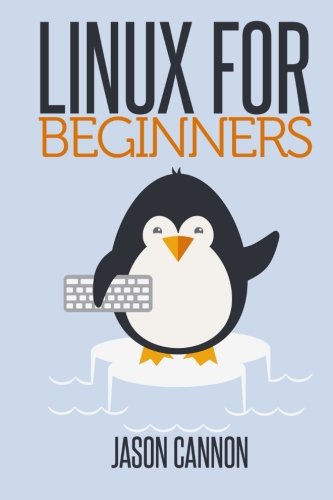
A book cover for Linux for Beginners: An Introduction to the Linux Operating System and Command Line; Jason Cannon; Computers & Technology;